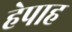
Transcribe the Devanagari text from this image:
हेपाह